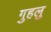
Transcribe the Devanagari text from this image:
गुहलु